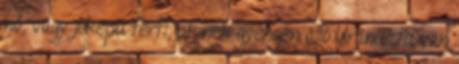
nő, vagy jóképű férfi, akinek gyengén álló Uránusza van